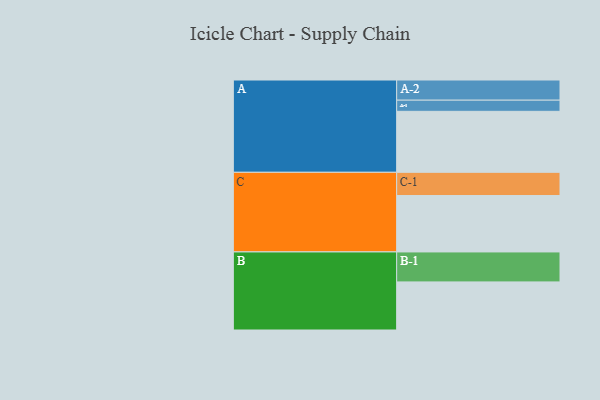
{"axis": {"x": "Segment", "y": "Value"}, "legend": ["", "A", "B", "C"], "data": [{"x": "A", "y": 535, "type": ""}, {"x": "B", "y": 422, "type": ""}, {"x": "C", "y": 495, "type": ""}, {"x": "A-1", "y": 98, "type": "A"}, {"x": "A-2", "y": 177, "type": "A"}, {"x": "B-1", "y": 263, "type": "B"}, {"x": "C-1", "y": 204, "type": "C"}]}